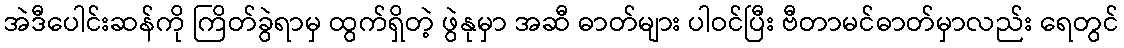
အဲဒီပေါင်းဆန်ကို ကြိတ်ခွဲရာမှ ထွက်ရှိတဲ့ ဖွဲနုမှာ အဆီ ဓာတ်များ ပါဝင်ပြီး ဗီတာမင်ဓာတ်မှာလည်း ရေတွင်